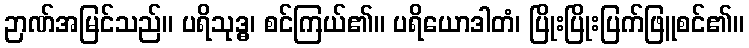
ဉာဏ်အမြင်သည်။ ပရိသုဒ္ဓ၊ စင်ကြယ်၏။ ပရိယောဒါတံ၊ ပြိုးပြိုးပြက်ဖြူစင်၏။